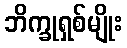
ဘိက္ခုရှစ်မျိုး